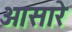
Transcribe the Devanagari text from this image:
ओसारे